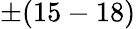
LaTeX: \pm(15-18)